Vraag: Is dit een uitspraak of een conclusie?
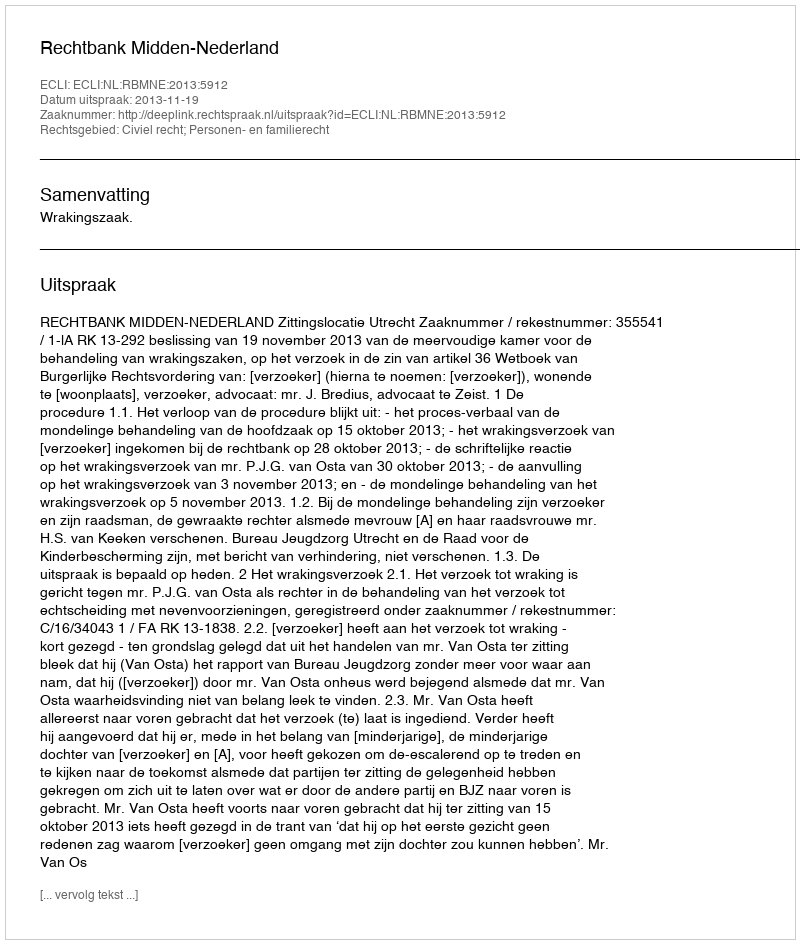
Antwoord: Uitspraak